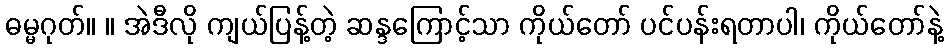
ဓမ္မဂုတ်။ ။ အဲဒီလို ကျယ်ပြန့်တဲ့ ဆန္ဒကြောင့်သာ ကိုယ်တော် ပင်ပန်းရတာပါ၊ ကိုယ်တော်နဲ့